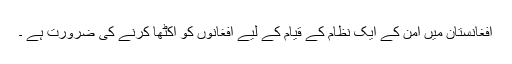
افغانستان میں امن کے ایک نظام کے قیام کے لیے افغانوں کو اکٹھا کرنے کی ضرورت ہے ۔